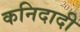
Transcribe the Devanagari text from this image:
कनिदादी